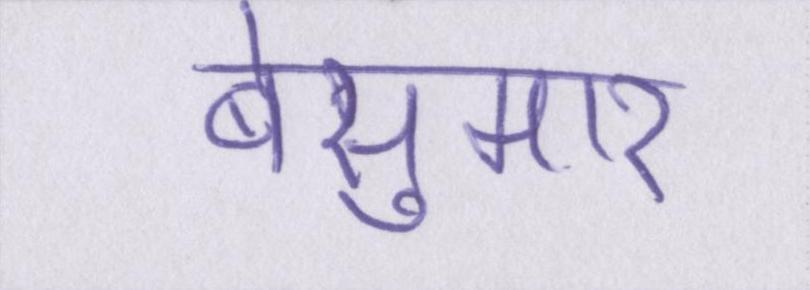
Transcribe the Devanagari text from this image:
बेसुमार